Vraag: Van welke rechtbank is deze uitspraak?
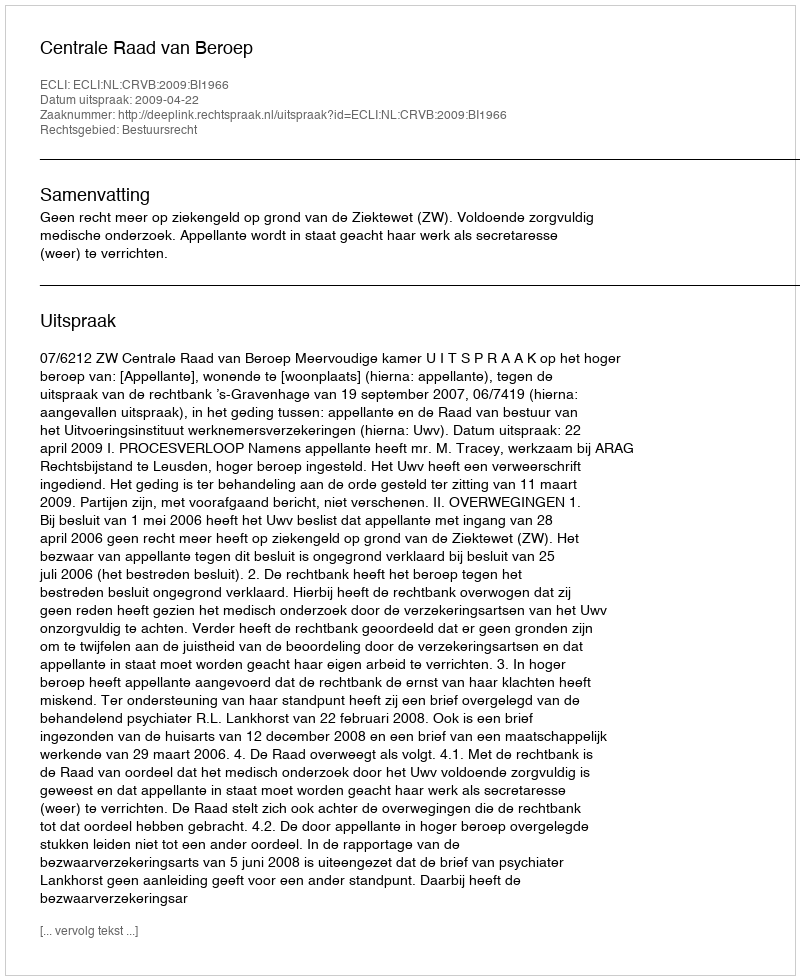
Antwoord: Centrale Raad van Beroep